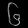
Digit: ၆